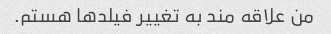
من علاقه مند به تغییر فیلدها هستم.